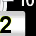
Digit: 2